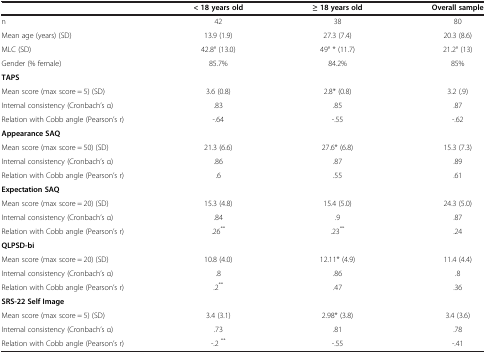
<table><thead><tr><td><b> </b></td><td><b>&lt; 18 years old</b></td><td><b>≥ 18 years old</b></td><td><b>Overall sample</b></td></tr></thead><tbody><tr><td>n</td><td>42</td><td>38</td><td>80</td></tr><tr><td>Mean age (years) (SD)</td><td>13.9 (1.9)</td><td>27.3 (7.4)</td><td>20.3 (8.6)</td></tr><tr><td>MLC (SD)</td><td>42.8° (13.0)</td><td>49° * (11.7)</td><td>21.2° (13)</td></tr><tr><td>Gender (% female)</td><td>85.7%</td><td>84.2%</td><td>85%</td></tr><tr><td colspan="4"><b>TAPS</b></td></tr><tr><td>Mean score (max score = 5) (SD)</td><td>3.6 (0.8)</td><td>2.8* (0.8)</td><td>3.2 (.9)</td></tr><tr><td>Internal consistency (Cronbach’s α)</td><td>.83</td><td>.85</td><td>.87</td></tr><tr><td>Relation with Cobb angle (Pearson’s r)</td><td>-.64</td><td>-.55</td><td>-.62</td></tr><tr><td colspan="4"><b>Appearance SAQ</b></td></tr><tr><td>Mean score (max score = 50) (SD)</td><td>21.3 (6.6)</td><td>27.6* (6.8)</td><td>15.3 (7.3)</td></tr><tr><td>Internal consistency (Cronbach’s α)</td><td>.86</td><td>.87</td><td>.89</td></tr><tr><td>Relation with Cobb angle (Pearson’s r)</td><td>.6</td><td>.55</td><td>.61</td></tr><tr><td colspan="4"><b>Expectation SAQ</b></td></tr><tr><td>Mean score (max score = 20) (SD)</td><td>15.3 (4.8)</td><td>15.4 (5.0)</td><td>24.3 (5.0)</td></tr><tr><td>Internal consistency (Cronbach’s α)</td><td>.84</td><td>.9</td><td>.87</td></tr><tr><td>Relation with Cobb angle (Pearson’s r)</td><td>.26<sup>**</sup></td><td>.23<sup>**</sup></td><td>.24</td></tr><tr><td colspan="4"><b>QLPSD-bi</b></td></tr><tr><td>Mean score (max score = 20) (SD)</td><td>10.8 (4.0)</td><td>12.11* (4.9)</td><td>11.4 (4.4)</td></tr><tr><td>Internal consistency (Cronbach’s α)</td><td>.8</td><td>.86</td><td>.8</td></tr><tr><td>Relation with Cobb angle (Pearson’s r)</td><td>.2<sup>**</sup></td><td>.47</td><td>.36</td></tr><tr><td colspan="4"><b>SRS-22 Self Image</b></td></tr><tr><td>Mean score (max score = 5) (SD)</td><td>3.4 (3.1)</td><td>2.98* (3.8)</td><td>3.4 (3.6)</td></tr><tr><td>Internal consistency (Cronbach’s α)</td><td>.73</td><td>.81</td><td>.78</td></tr><tr><td>Relation with Cobb angle (Pearson’s r)</td><td>-.2 <sup>**</sup></td><td>-.55</td><td>-.41</td></tr></tbody></table>